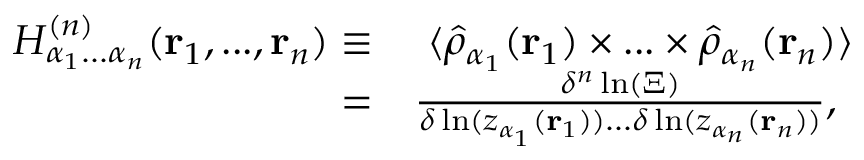
\begin{array} { r l } { H _ { \alpha _ { 1 } . . . \alpha _ { n } } ^ { ( n ) } ( \mathbf { r } _ { 1 } , . . . , \mathbf { r } _ { n } ) \equiv } & { \ \langle \hat { \rho } _ { \alpha _ { 1 } } ( \mathbf { r } _ { 1 } ) \times . . . \times \hat { \rho } _ { \alpha _ { n } } ( \mathbf { r } _ { n } ) \rangle } \\ { = } & { \frac { \delta ^ { n } \ln ( \Xi ) } { \delta \ln ( z _ { \alpha _ { 1 } } ( \mathbf { r } _ { 1 } ) ) . . . \delta \ln ( z _ { \alpha _ { n } } ( \mathbf { r } _ { n } ) ) } , } \end{array}